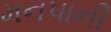
મનપાની